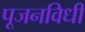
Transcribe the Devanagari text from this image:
पूजनविधी